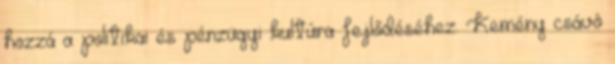
hozzá a politikai és pénzügyi kultúra fejlődéséhez. Kemény csávó